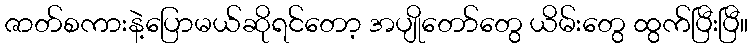
ဇာတ်စကားနဲ့ပြောမယ်ဆိုရင်တော့ အပျိုတော်တွေ ယိမ်းတွေ ထွက်ပြီးပြီ။